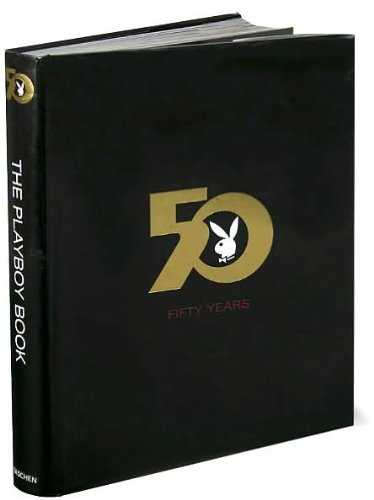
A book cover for The Playboy Book Fifty Years; Gretchen EDGREN; Arts & Photography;